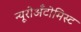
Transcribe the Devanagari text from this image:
न्यूरोअँटोमिस्ट